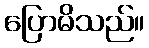
ပြောမိသည်။